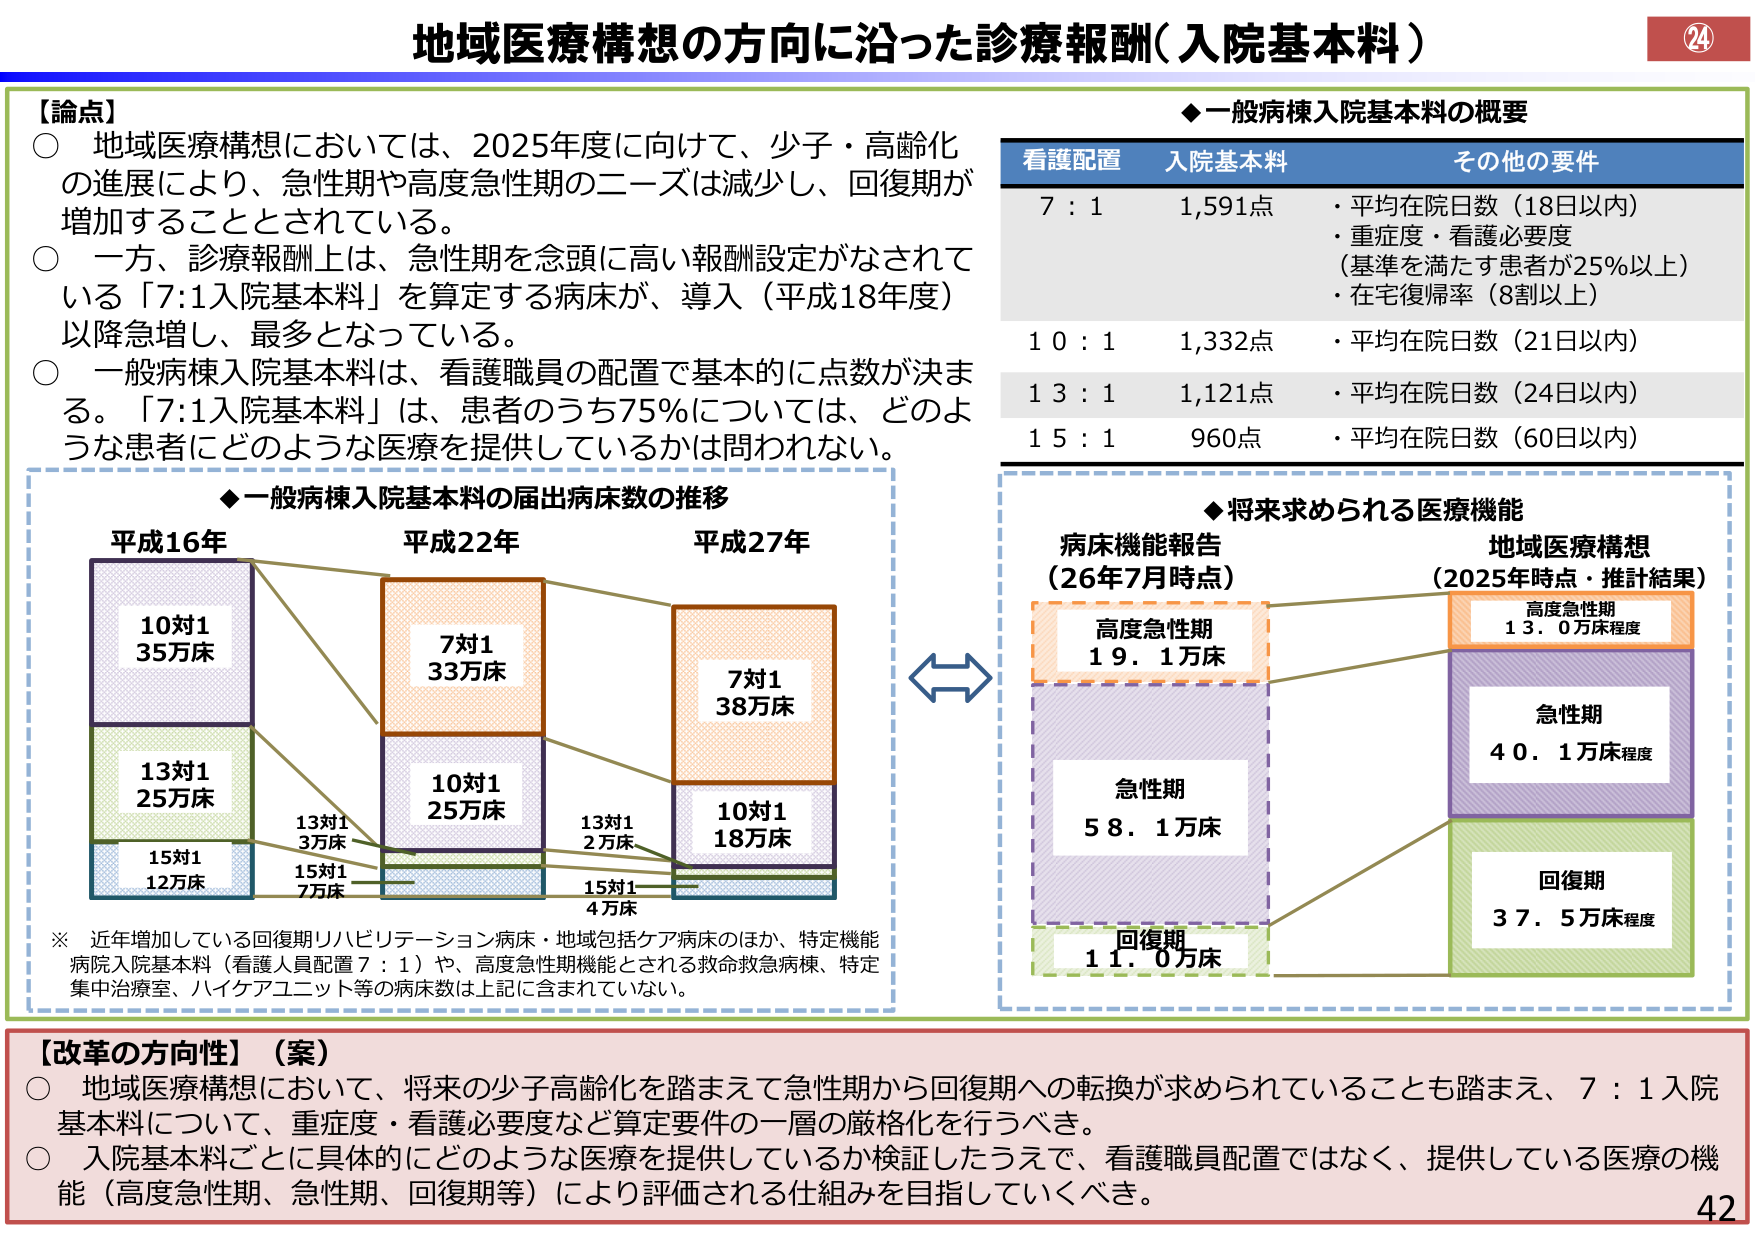
地域医療構想の方向に沿った診療報酬（入院基本料）

【論点】
○ 地域医療構想においては、2025年度に向けて、少子・高齢化の進展により、急性期や高度急性期のニーズは減少し、回復期が増加することとされている。
○ 一方、診療報酬上は、急性期を念頭に高い報酬設定がなされている「7:1入院基本料」を算定する病床が、導入（平成18年度）以降急増し、最多となっている。
○ 一般病棟入院基本料は、看護職員の配置で基本的に点数が決まる。「7:1入院基本料」は、患者のうち75％については、どのような患者にどのような医療を提供しているかは問われない。

◆一般病棟入院基本料の概要
看護配置　入院基本料　その他の要件
7 : 1　　1,591点　・平均在院日数（18日以内）
　　　　　　　　　・重症度・看護必要度
　　　　　　　　　（基準を満たす患者が25％以上）
　　　　　　　　　・在宅復帰率（8割以上）
10 : 1　　1,332点　・平均在院日数（21日以内）
13 : 1　　1,121点　・平均在院日数（24日以内）
15 : 1　　960点　　・平均在院日数（60日以内）

◆一般病棟入院基本料の届出病床数の推移
平成16年
　10対1　35万床
　13対1　25万床
　15対1　12万床

平成22年
　7対1　33万床
　10対1　25万床
　13対1　3万床
　15対1　7万床

平成27年
　7対1　38万床
　10対1　18万床
　13対1　2万床
　15対1　4万床

※ 近年増加している回復期リハビリテーション病床・地域包括ケア病床のほか、特定機能病院入院基本料（看護人員配置7：1）や、高度急性期機能とされる救命救急病棟、特定集中治療室、ハイケアユニット等の病床数は上記に含まれていない。

◆将来求められる医療機能
病床機能報告（26年7月時点）
　高度急性期　19．1万床
　急性期　　58．1万床
　回復期　　11．0万床

地域医療構想（2025年時点・推計結果）
　高度急性期　13．0万床程度
　急性期　　40．1万床程度
　回復期　　37．5万床程度

【改革の方向性】（案）
○ 地域医療構想において、将来の少子高齢化を踏まえて急性期から回復期への転換が求められていることも踏まえ、7：1入院基本料について、重症度・看護必要度など算定要件の一層の厳格化を行うべき。
○ 入院基本料ごとに具体的にどのような医療を提供しているか検証したうえで、看護職員配置ではなく、提供している医療の機能（高度急性期、急性期、回復期等）により評価される仕組みを目指していくべき。

24
42